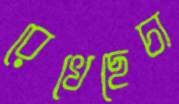
রেখেছেচা